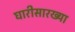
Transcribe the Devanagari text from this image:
घारीसारख्या